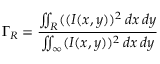
\Gamma _ { R } = \frac { \iint _ { R } ( ( I ( x , y ) ) ^ { 2 } \, d x \, d y } { \iint _ { \infty } ( I ( x , y ) ) ^ { 2 } \, d x \, d y }